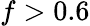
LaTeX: f>0.6